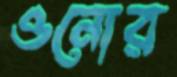
ওনোর